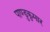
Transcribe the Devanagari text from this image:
पाण्डुकुमार